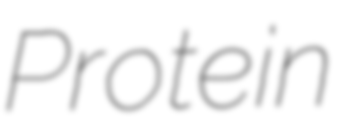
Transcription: Protein